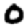
Digit: 0